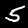
Digit: 5